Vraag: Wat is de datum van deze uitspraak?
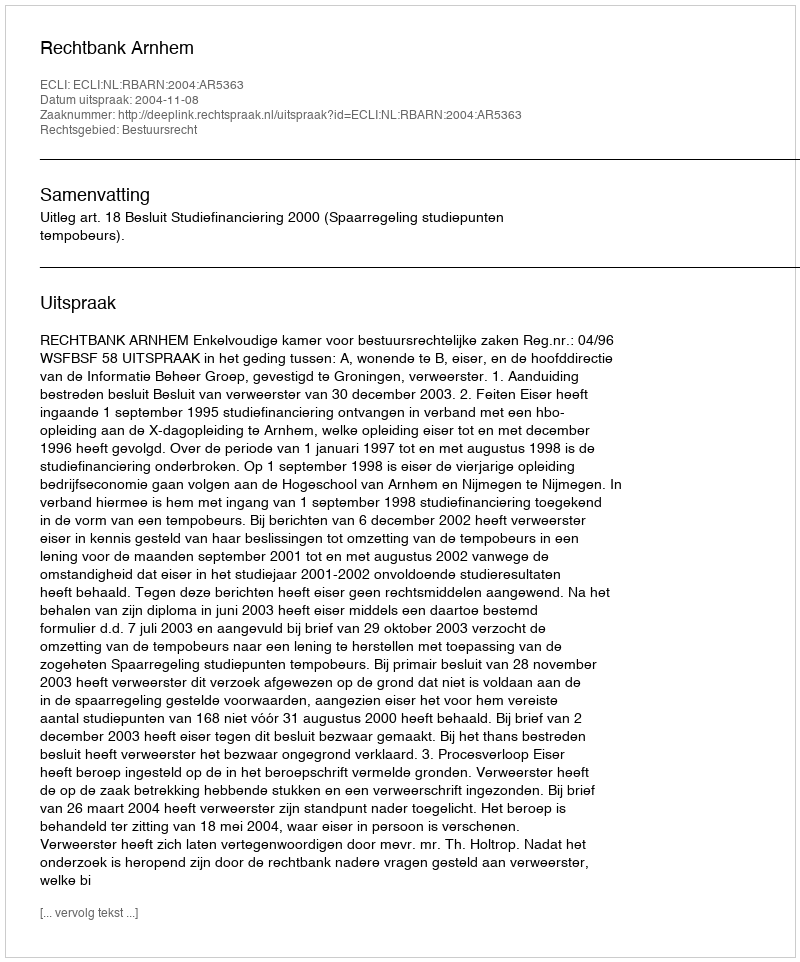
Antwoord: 2004-11-08